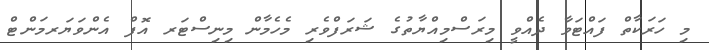
މި ހަރަކާތް ފައްޓަވާ ދެއްވީ މިރަސްމިއްޔާތުގެ ޝަރަފްވެރި މެހެމާން މިނިސްޓަރ އޮފް އެންވަޔަރމަންޓް